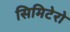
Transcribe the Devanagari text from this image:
सिमिटेरो